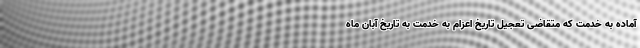
آماده به خدمت که متقاضی تعجیل تاریخ اعزام به خدمت به تاریخ آبان ماه